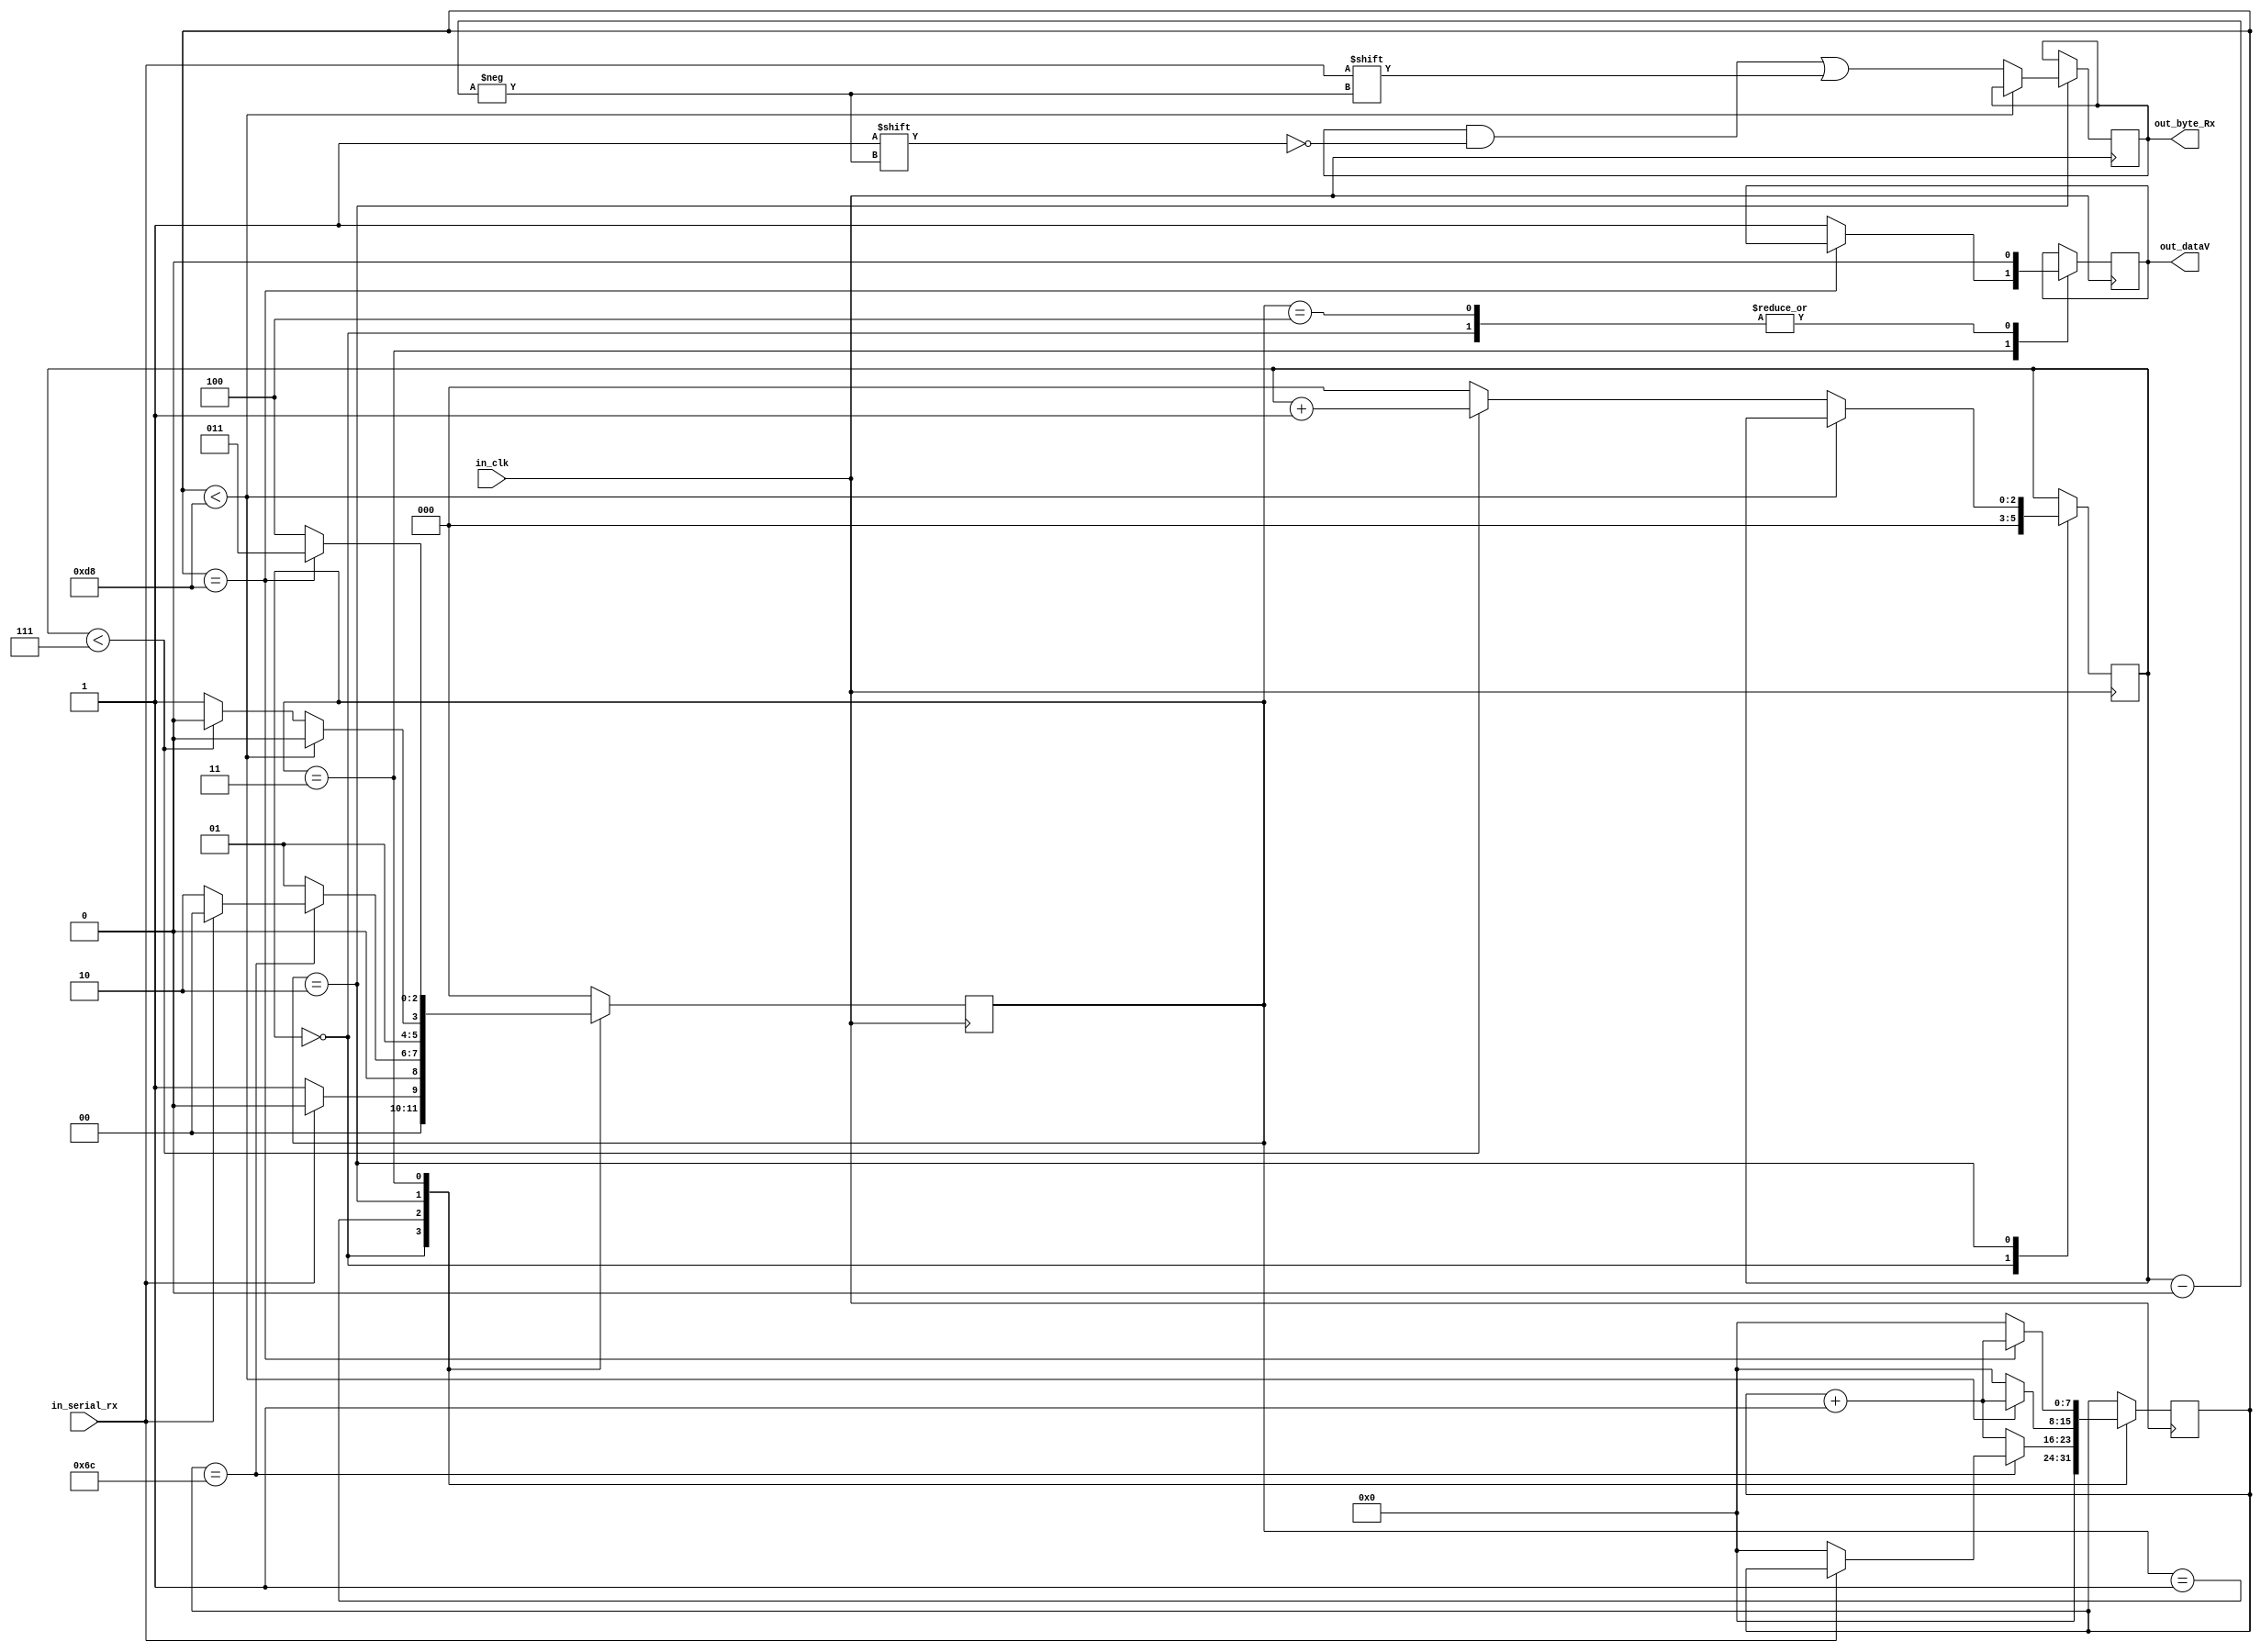
module uartRx #(
    parameter    CLKS_PER_BIT  = 217
) (
  input         in_clk,
  input         in_serial_rx,
  output        out_dataV,
  output [7:0]  out_byte_Rx 
);

// states
parameter IDLE      = 3'b000;
parameter START_BIT = 3'b001;
parameter DATA_BIT  = 3'b010;
parameter STOP_BIT  = 3'b011;
parameter CLNUP     = 3'b100;

reg [7:0]   byte_rx   = 0;
reg [7:0]   clk_count = 0;
reg [2:0]   bit_idx   = 0;
reg         dV        = 0;
reg [2:0]   state     = 0;

always @(posedge in_clk) begin
    
    case(state)
        IDLE:
            begin
                dV <= 0;
                bit_idx <= 0;
                clk_count <= 0;            
            
            if(in_serial_rx == 1'b0)
                state <= START_BIT;
            else
                state <= IDLE;
            end
        START_BIT:
            begin
                if(clk_count == (CLKS_PER_BIT-1)/2)
                    begin
                        if(in_serial_rx == 1'b0 )
                            begin
                                clk_count <= 0;
                                state <= DATA_BIT;                            
                            end
                        else
                            state <= IDLE;
                    end
                else
                    begin
                        clk_count <= clk_count + 1;
                        state <= START_BIT;
                    end
            end
        DATA_BIT:
            begin
                if(clk_count < CLKS_PER_BIT - 1)
                    begin                    
                        clk_count <= clk_count + 1;
                        state <= DATA_BIT;
                    end
                else
                    begin
                        clk_count <= 0;
                        byte_rx[bit_idx] <= in_serial_rx;

                        if(bit_idx < 7)
                            begin
                                bit_idx <= bit_idx + 1;
                                state <= DATA_BIT;
                            end
                        else
                            begin
                                bit_idx <= 0;
                                state <= STOP_BIT;
                            end
                    end
                
            end
        STOP_BIT:
            begin
                if(clk_count == CLKS_PER_BIT - 1)
                    begin
                        clk_count <= clk_count + 1;
                        state <= STOP_BIT;                    
                    end
                else
                    begin
                        clk_count <= 0;
                        dV <= 1'b1;
                        state <= CLNUP;
                    end
            end
        CLNUP:
            begin
                state <= IDLE;
                dV <= 1'b0;
            end
        
        default:
            state <= IDLE;
    endcase
end

assign out_dataV = dV;
assign out_byte_Rx = byte_rx;


endmodule  //uartRx